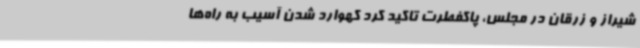
شیراز و زرقان در مجلس، پاکفطرت تاکید کرد کهوارد شدن آسیب به راه‌ها